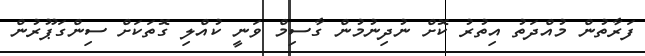
ފަރާތުން މުއްދަތު އިތުރު ކޮށް ނުދިނުމުން ގާސިމް ވަނީ ކުއްލި ގޮތަކަށް ސިންގަޕޫރުން